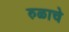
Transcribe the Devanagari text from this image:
रुळाचे